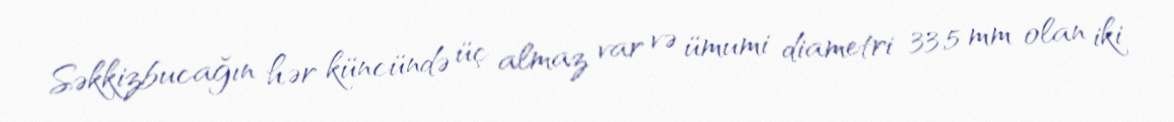
Səkkizbucağın hər küncündə üç almaz var və ümumi diametri 33,5 mm olan iki